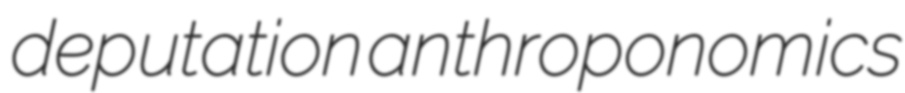
deputation anthroponomics